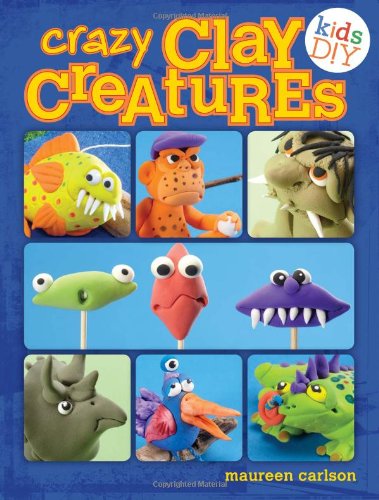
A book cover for Crazy Clay Creatures (Kids DIY); Maureen Carlson; Arts & Photography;